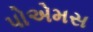
પોએમસ